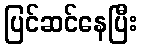
ပြင်ဆင်နေပြီး